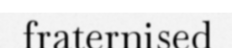
fraternised